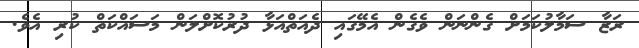
ރަޒާ ސަމާލުކަމަށް ގެންނަން ވެގެން އެމޭގައި ދެއަތްއަޅާ ދުރުކޮށްލަން މަސައްކަތް ކުރި އެވެ.